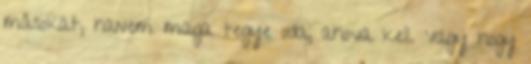
másokat, hanem maga tegye oda, ahova kell. Vagy hogy